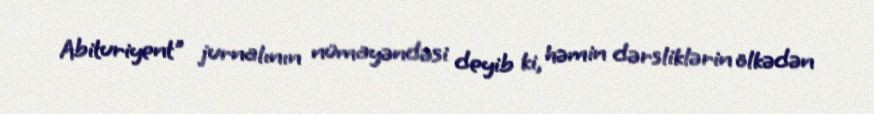
Abituriyent" jurnalının nümayəndəsi deyib ki, həmin dərsliklərin ölkədən